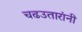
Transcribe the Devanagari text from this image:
चढउतारांनी